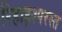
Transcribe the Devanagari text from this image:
रिहाइश्परस्त